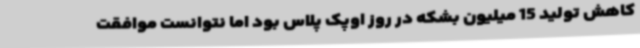
کاهش تولید 15 میلیون بشکه در روز اوپک پلاس بود اما نتوانست موافقت